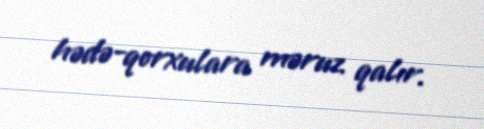
hədə-qorxulara məruz qalır.